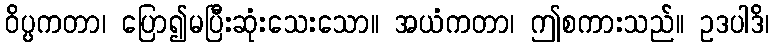
ဝိပ္ပကတာ၊ ပြော၍မပြီးဆုံးသေးသော။ အယံကတာ၊ ဤစကားသည်။ ဥဒပါဒိ၊